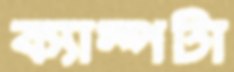
ক্যাম্পটা